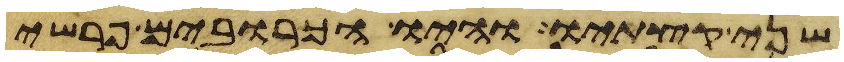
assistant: שני קצתיו והיו הכרובים פרשי